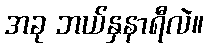
အခု ဘယ်နှနာရီလဲ။